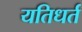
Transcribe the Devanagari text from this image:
यतिधर्त